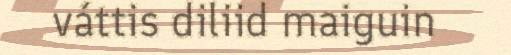
váttis diliid maiguin